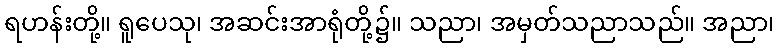
ရဟန်းတို့။ ရူပေသု၊ အဆင်းအာရုံတို့၌။ သညာ၊ အမှတ်သညာသည်။ အညာ၊